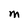
Character: M